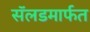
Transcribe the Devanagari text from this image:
सॅलडमार्फत